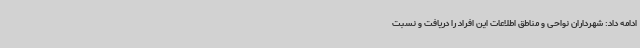
ادامه داد: شهرداران نواحی و مناطق اطلاعات این افراد را دریافت و نسبت